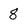
Character: 8